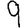
Digit: 9